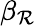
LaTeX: \beta_{\mathcal{R}}